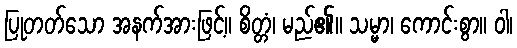
ပြုတတ်သော အနက်အားဖြင့်။ စိတ္တံ၊ မည်၏။ သမ္မာ၊ ကောင်းစွာ။ ဝါ၊